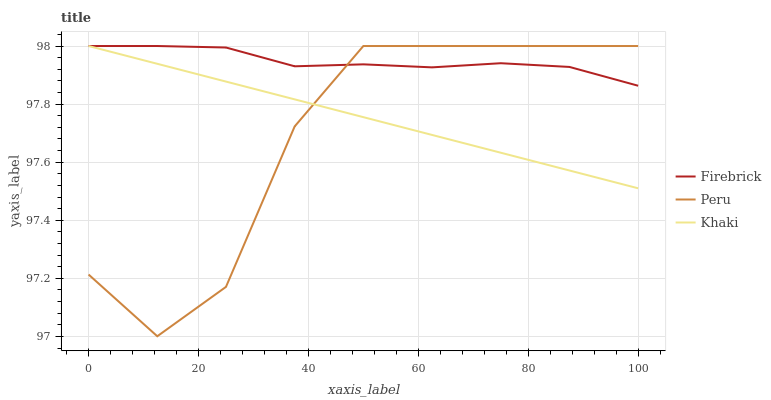
| xaxis_label | Firebrick | Peru | Khaki |
 | --- | --- | --- | --- |
 | 0 | 98 | 97.2 | 98 |
 | 12.5 | 98 | 97 | 97.9 |
 | 25 | 98 | 97.2 | 97.9 |
 | 37.5 | 97.9 | 97.7 | 97.8 |
 | 50 | 97.9 | 98 | 97.8 |
 | 62.5 | 97.9 | 98 | 97.7 |
 | 75 | 97.9 | 98 | 97.6 |
 | 87.5 | 97.9 | 98 | 97.6 |
 | 100 | 97.9 | 98 | 97.5 |